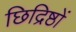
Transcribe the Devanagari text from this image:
छिद्रिष्ठों